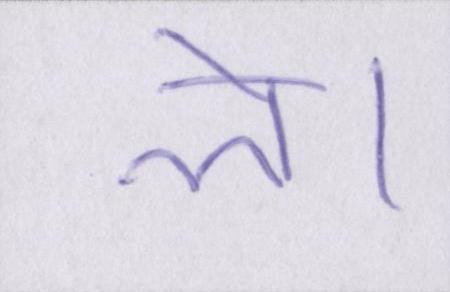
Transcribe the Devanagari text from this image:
ले।